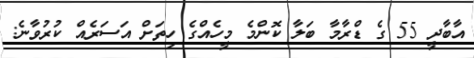
އާބާދީ 55 ގެ ޑްރާމާ ބަލާ ކޮންމެ މީހެއްގެ ހިތަށް އަސަރެއް ކުރުވާނެ: